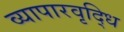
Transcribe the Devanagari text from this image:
व्यापारवृद्धि